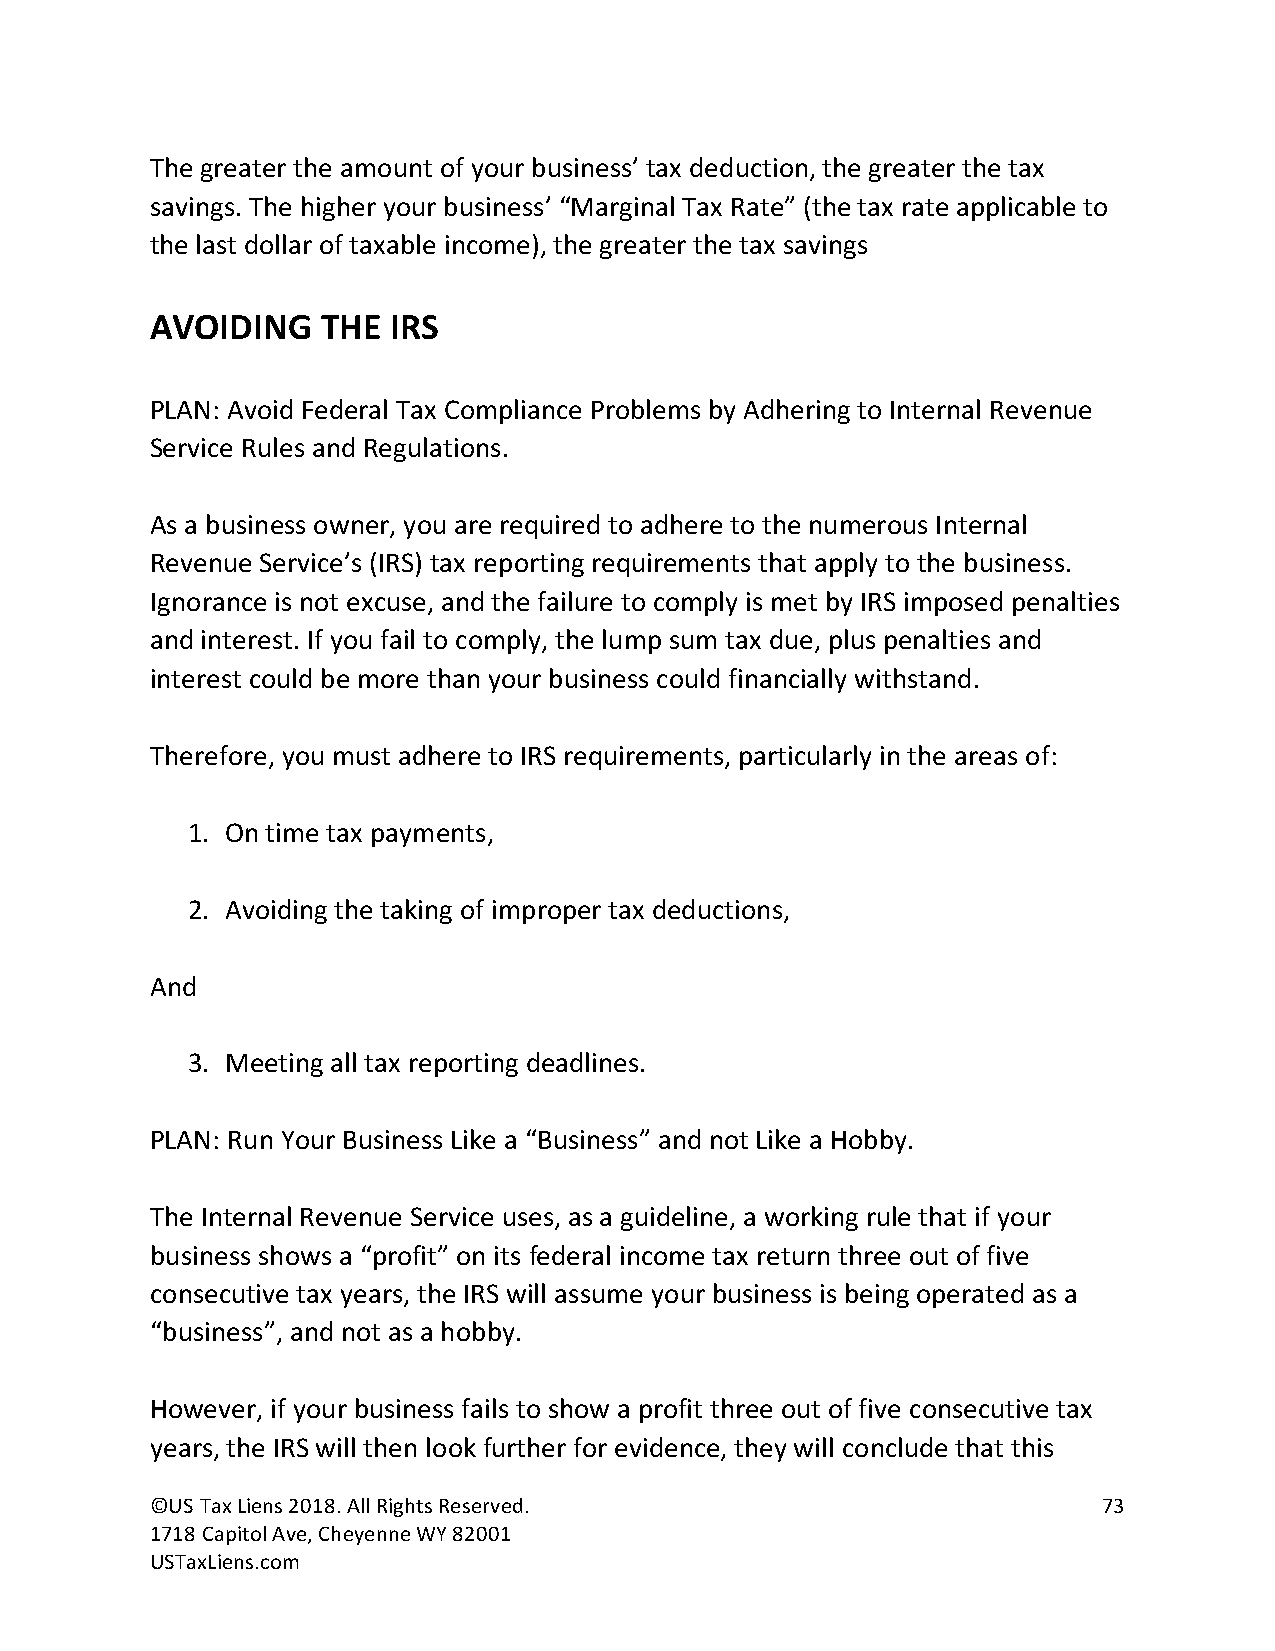
The greater the amount of your business’ tax deduction, the greater the tax
 savings. The higher your business’ “Marginal Tax Rate” (the tax rate applicable to
 the last dollar of taxable income), the greater the tax savings
 AVOIDING   THE  IRS
 PLAN: Avoid Federal Tax Compliance Problems by Adhering to Internal Revenue
 Service Rules and Regulations.
 As a business owner, you are required to adhere to the numerous Internal
 Revenue Service’s (IRS) tax reporting requirements that apply to the business.
 Ignorance is not excuse, and the failure to comply is met by IRS imposed penalties
 and interest. If you fail to comply, the lump sum tax due, plus penalties and
 interest could be more than your business could financially withstand.
 Therefore, you must adhere to IRS requirements, particularly in the areas of:
 1. On time tax payments,
 2. Avoiding the taking of improper tax deductions,
 And
 3. Meeting all tax reporting deadlines.
 PLAN: Run Your Business Like a “Business” and not Like a Hobby.
 The Internal Revenue Service uses, as a guideline, a working rule that if your
 business shows a “profit” on its federal income tax return three out of five
 consecutive tax years, the IRS will assume your business is being operated as a
 “business”, and not as a hobby.
 However, if your business fails to show a profit three out of five consecutive tax
 years, the IRS will then look further for evidence, they will conclude that this
 ©US Tax Liens 2018. All Rights Reserved.                       73
 1718 Capitol Ave, Cheyenne WY 82001
 USTaxLiens.com